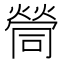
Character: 𡀸